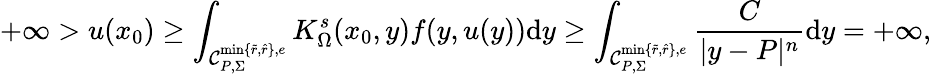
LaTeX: +\infty>u(x_{0})\geq\int_{\mathcal C_{P,\Sigma}^{\operatorname*{min}\{ \tilde{r},\hat{r}\} ,e}}K_{\Omega}^{s}(x_{0},y)f(y,u(y))\mathrm dy\geq\int_{\mathcal C_{P,\Sigma}^{\operatorname*{min}\{ \tilde{r},\hat{r}\} ,e}}\frac{C}{|y-P|^{n}}\mathrm dy=+\infty,